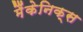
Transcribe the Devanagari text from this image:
मैंकेनिक्‍स